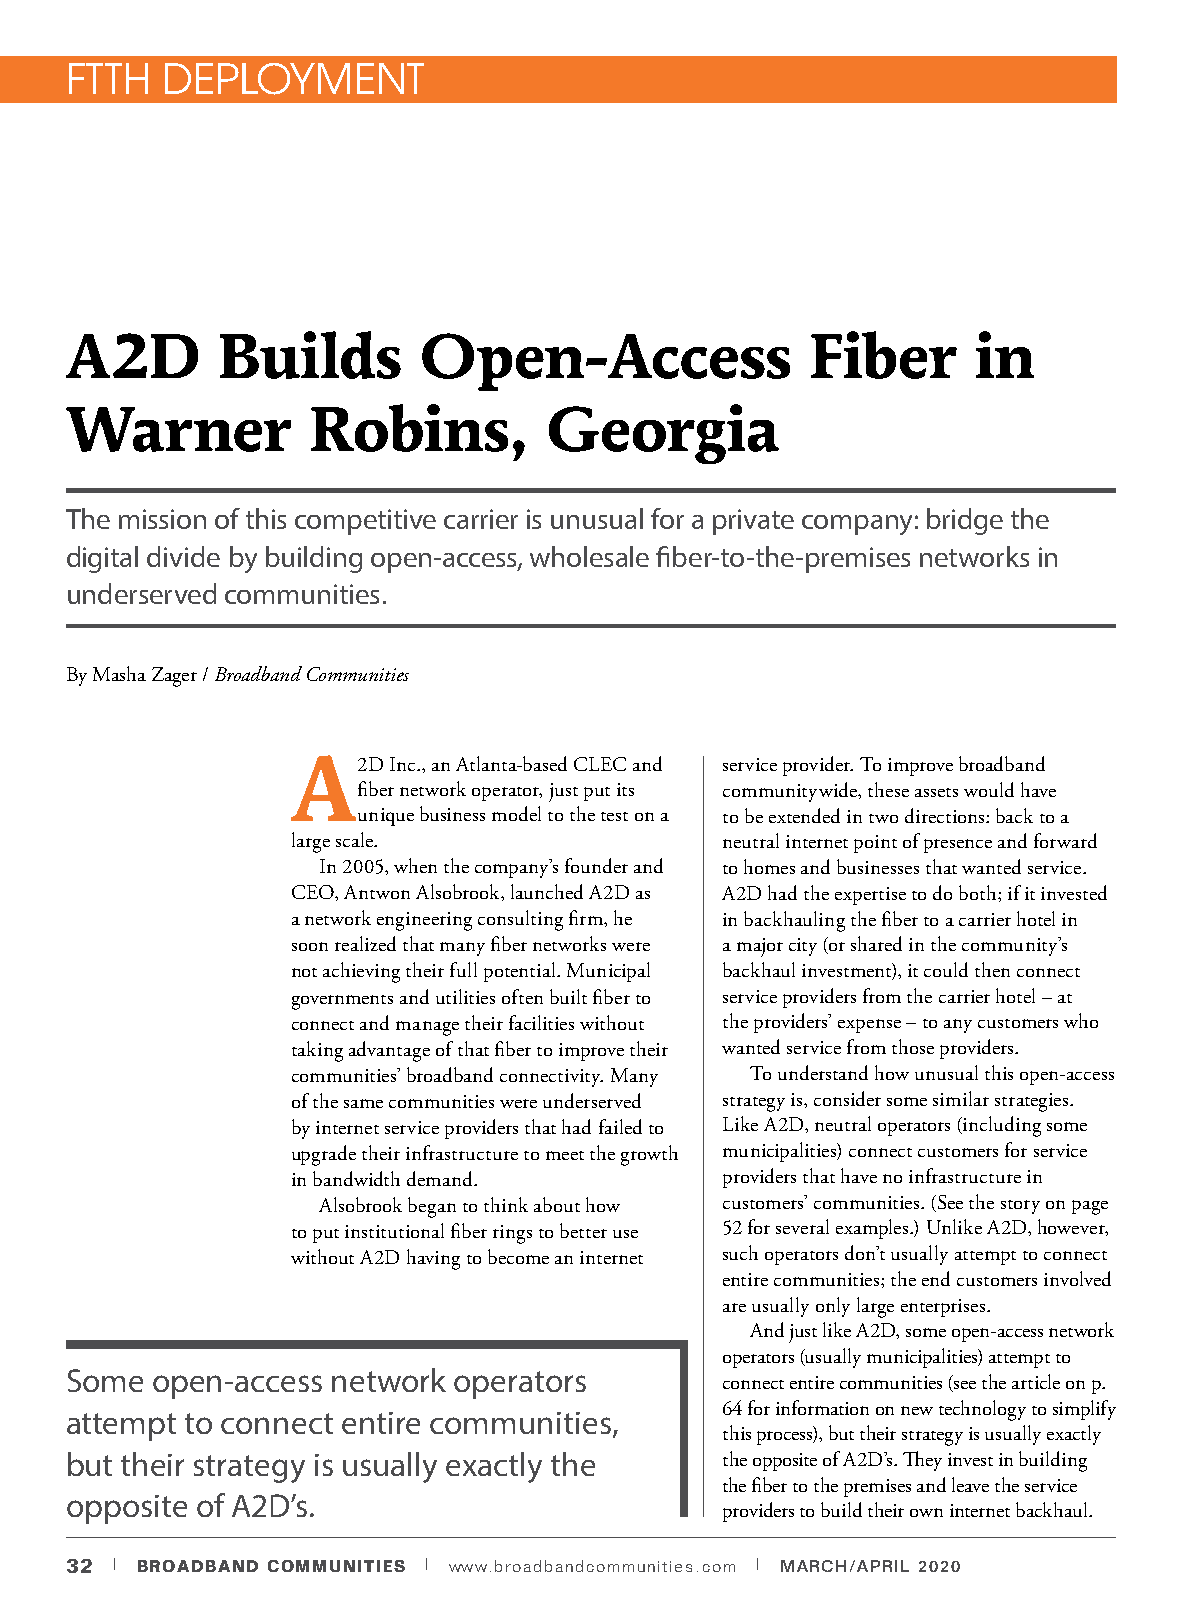
FTTH   DEPLOYMENT
 A2D       Builds        Open-Access               Fiber     in
 Warner          Robins,         Georgia
 The mission of this competitive carrier is unusual for a private company: bridge the
 digital divide by building open-access, wholesale fiber-to-the-premises networks in
 underserved communities.
 By Masha Zager / Broadband Communities
 A2D    Inc., an Atlanta-based CLEC and service provider. To improve broadband
 fiber network operator, just put its communitywide, these assets would have
 unique business model to the test on a to be extended in two directions: back to a
 large scale.                 neutral internet point of presence and forward
 In 2005, when the company’s founder and to homes and businesses that wanted service.
 CEO, Antwon Alsobrook, launched A2D as A2D had the expertise to do both; if it invested
 a network engineering consulting firm, he in backhauling the fiber to a carrier hotel in
 soon realized that many fiber networks were a major city (or shared in the community’s
 not achieving their full potential. Municipal backhaul investment), it could then connect
 governments and utilities often built fiber to service providers from the carrier hotel – at
 connect and manage their facilities without the providers’ expense – to any customers who
 taking advantage of that fiber to improve their wanted service from those providers.
 communities’ broadband connectivity. Many To understand how unusual this open-access
 of the same communities were underserved strategy is, consider some similar strategies.
 by internet service providers that had failed to Like A2D, neutral operators (including some
 upgrade their infrastructure to meet the growth municipalities) connect customers for service
 in bandwidth demand.         providers that have no infrastructure in
 Alsobrook began to think about how customers’ communities. (See the story on page
 to put institutional fiber rings to better use 52 for several examples.) Unlike A2D, however,
 without A2D having to become an internet such operators don’t usually attempt to connect
 entire communities; the end customers involved
 are usually only large enterprises.
 And just like A2D, some open-access network
 operators (usually municipalities) attempt to
 Some  open-access network operators
 connect entire communities (see the article on p.
 64 for information on new technology to simplify
 attempt to connect entire communities,
 this process), but their strategy is usually exactly
 but their strategy is usually exactly the   the opposite of A2D’s. They invest in building
 the fiber to the premises and leave the service
 opposite of A2D’s.
 providers to build their own internet backhaul.
 32 | BROADBAND COMMUNITIES | www.broadbandcommunities.com | MARCH/APRIL 2020